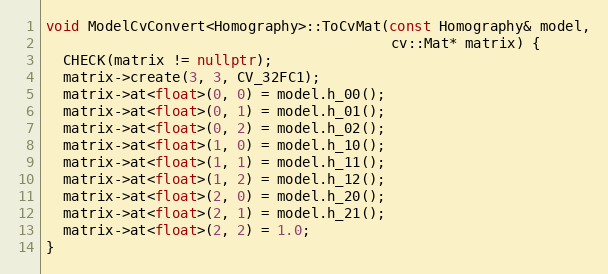
Language: C++
void ModelCvConvert<Homography>::ToCvMat(const Homography& model,
                                         cv::Mat* matrix) {
  CHECK(matrix != nullptr);
  matrix->create(3, 3, CV_32FC1);
  matrix->at<float>(0, 0) = model.h_00();
  matrix->at<float>(0, 1) = model.h_01();
  matrix->at<float>(0, 2) = model.h_02();
  matrix->at<float>(1, 0) = model.h_10();
  matrix->at<float>(1, 1) = model.h_11();
  matrix->at<float>(1, 2) = model.h_12();
  matrix->at<float>(2, 0) = model.h_20();
  matrix->at<float>(2, 1) = model.h_21();
  matrix->at<float>(2, 2) = 1.0;
}